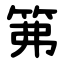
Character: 笰